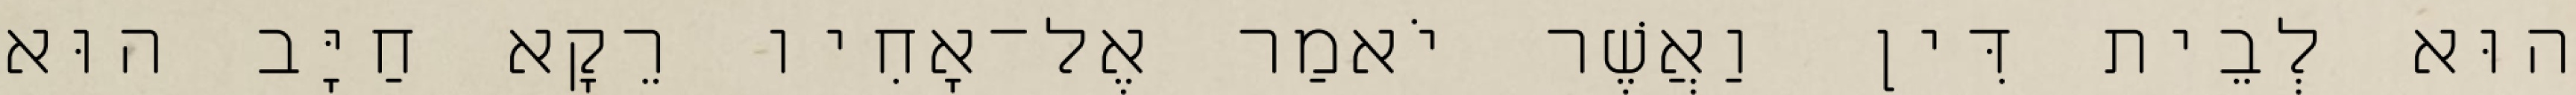
הוּא לְבֵית דִּין וַאֲשֶׁר יֹאמַר אֶל־אָחִיו רֵקָא חַיָּב הוּא